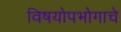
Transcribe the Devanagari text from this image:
विषयोपभोगाचे